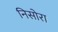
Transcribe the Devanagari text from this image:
निसोरा